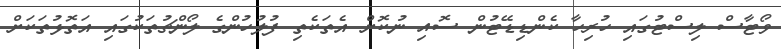
ވޯޓާސް ލިސްޓުގައި ހުރިހާ ކެންޑިޑޭޓުން ސޮއި ނުކޮށް އެތަކެތި ފުލުހުންގެ ލޯންޗުތަކުގައި އަތޮޅުތަކަށް